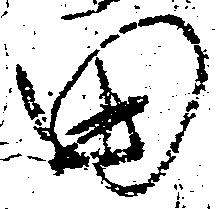
田